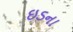
ઇડના